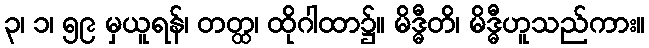
၃၊ ၁၊ ၅၉ မှယူရန်၊ တတ္ထ၊ ထိုဂါထာ၌။ မိဒ္ဓီတိ၊ မိဒ္ဓီဟူသည်ကား။